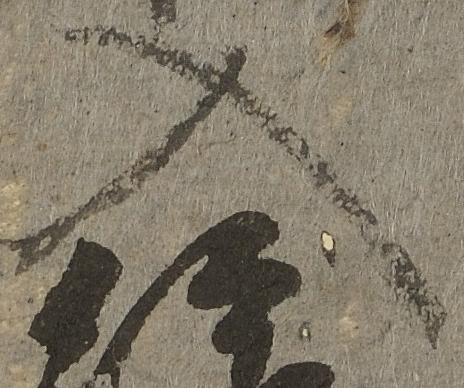
入